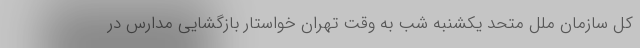
کل سازمان ملل متحد یکشنبه شب به وقت تهران خواستار بازگشایی مدارس در